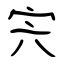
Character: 宍